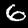
Digit: 6